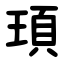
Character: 頊